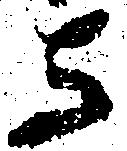
与